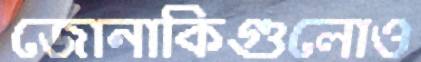
জোনাকিগুলোও